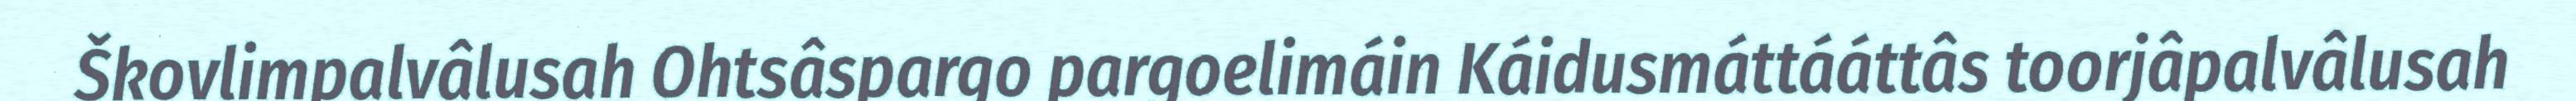
Škovlimpalvâlusah Ohtsâspargo pargoelimáin Káidusmáttááttâs toorjâpalvâlusah